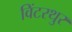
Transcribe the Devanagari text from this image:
विंटरथुर